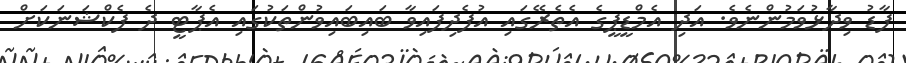
ފާޑު ވިދާޅުވަމުންނެވެ. އަދި އެމްޑީޕީގެ އެތެރޭގައި އުފެދިފައިވާ ބައިބައިވުންތަކުގައި އެޕާޓީ ދެ ފެކްޝަނަކަށް